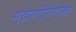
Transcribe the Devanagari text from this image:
सुखसोईंनीयुक्त